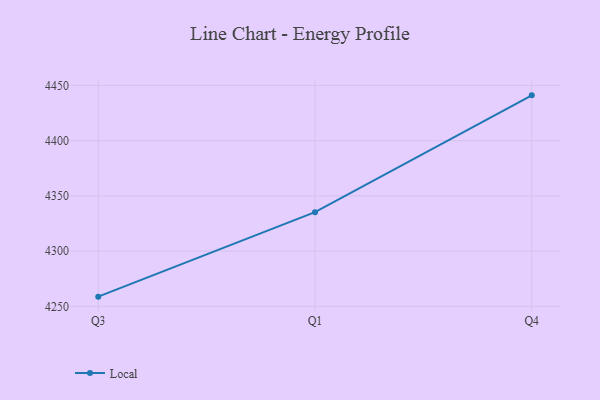
{"axis": {"x": "Quarter", "y": "Operating Costs (USD K)"}, "legend": ["Local"], "data": [{"x": "Q3", "y": 4258.8, "type": "Local"}, {"x": "Q1", "y": 4335.3, "type": "Local"}, {"x": "Q4", "y": 4441.0, "type": "Local"}]}